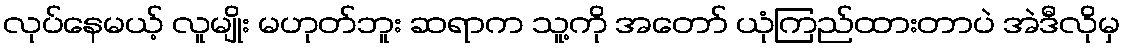
လုပ်နေမယ့် လူမျိုး မဟုတ်ဘူး ဆရာက သူ့ကို အတော် ယုံကြည်ထားတာပဲ အဲဒီလိုမှ